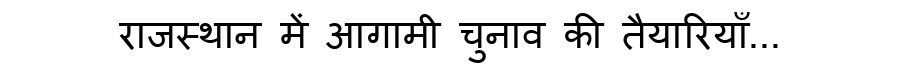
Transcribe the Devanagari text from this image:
राजस्थान में आगामी चुनाव की तैयारियाँ...